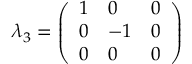
\lambda _ { 3 } = { \left( \begin{array} { l l l } { 1 } & { 0 } & { 0 } \\ { 0 } & { - 1 } & { 0 } \\ { 0 } & { 0 } & { 0 } \end{array} \right) }